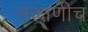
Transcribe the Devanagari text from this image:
तत्क्षणीच